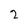
Character: 2